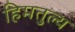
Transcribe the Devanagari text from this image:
हिमतुल्य